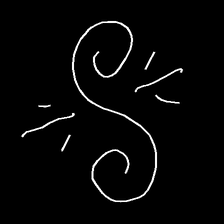
Glyph: wind-directs-air